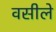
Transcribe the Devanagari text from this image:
वसीले